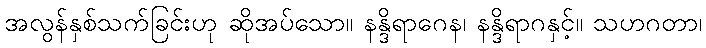
အလွန်နှစ်သက်ခြင်းဟု ဆိုအပ်သော။ နန္ဒိရာဂေန၊ နန္ဒိရာဂနှင့်။ သဟဂတာ၊